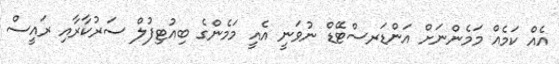
އެއް ކަމެއް މަމެންނަށް އަންޑަރސްޓޭޑް ނުވަނީ އެއީ މަމެންގެ ބިއުޓިފުލް ސަރުކާރާއި ރައީސް